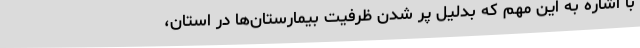
با اشاره به این مهم که بدلیل پر شدن ظرفیت بیمارستان‌ها در استان،